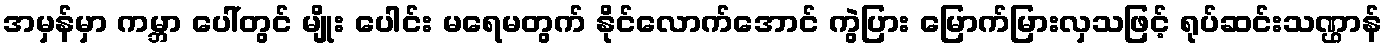
အမှန်မှာ ကမ္ဘာ ပေါ်တွင် မျိုး ပေါင်း မရေမတွက် နိုင်လောက်အောင် ကွဲပြား မြောက်မြားလှသဖြင့် ရုပ်ဆင်းသဏ္ဌာန်